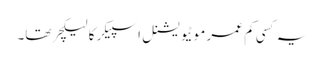
یہ کسی کم عمر موٹیویشنل اسپیکر کا لیکچر تھا۔